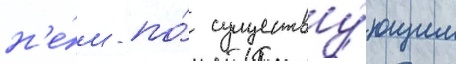
н'е́м - по́ существу́ющим